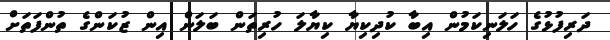
ދަރިފުޅުގެ ހަލަނިކަމުން އިބާ ކުދިކިޔާ ކިޔާލަ ހުރިތަން ބަލަން އިން ޒުކަންގެ ތުންފަތަށް